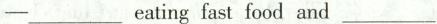
-___ eating fast food and ___